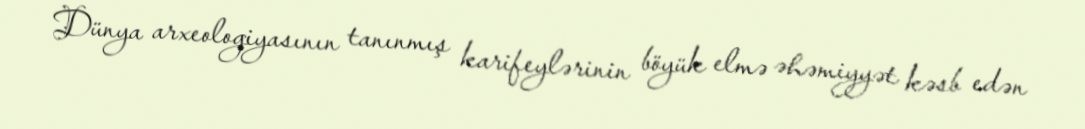
Dünya arxeologiyasının tanınmış karifeylərinin böyük elmə əhəmiyyət kəsb edən